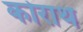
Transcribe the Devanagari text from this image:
कोराथ